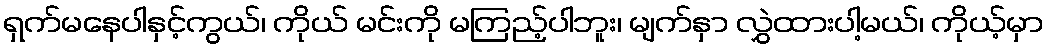
ရှက်မနေပါနှင့်ကွယ်၊ ကိုယ် မင်းကို မကြည့်ပါဘူး၊ မျက်နှာ လွှဲထားပါ့မယ်၊ ကိုယ့်မှာ